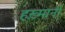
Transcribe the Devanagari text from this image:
हख़्मानी